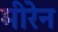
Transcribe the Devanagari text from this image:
मीरेन